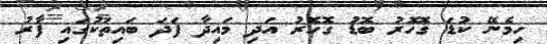
ހިމެނޭ ކުޑަ ގޮހޮރު ބޮޑު ގޮހޮރު އަދި މައިދާ ފަދަ ބައިތަކުގައި ފާރު